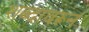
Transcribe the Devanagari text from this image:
शब्‍दावरून